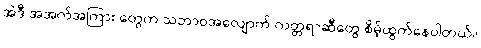
အဲဒီ အအက်အကြား တွေက သဘာဝအလျောက် ကတ္တရာဆီတွေ စိမ့်ထွက်နေပါတယ်။